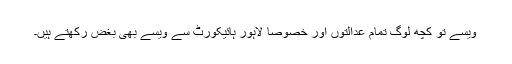
ویسے تو کچھ لوگ تمام عدالتوں اور خصوصاَ لاہور ہائیکورٹ سے ویسے بھی بغض رکھتے ہیں۔